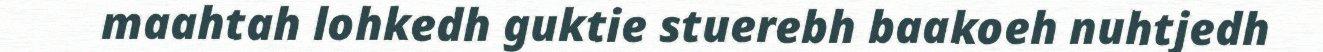
maahtah lohkedh guktie stuerebh baakoeh nuhtjedh